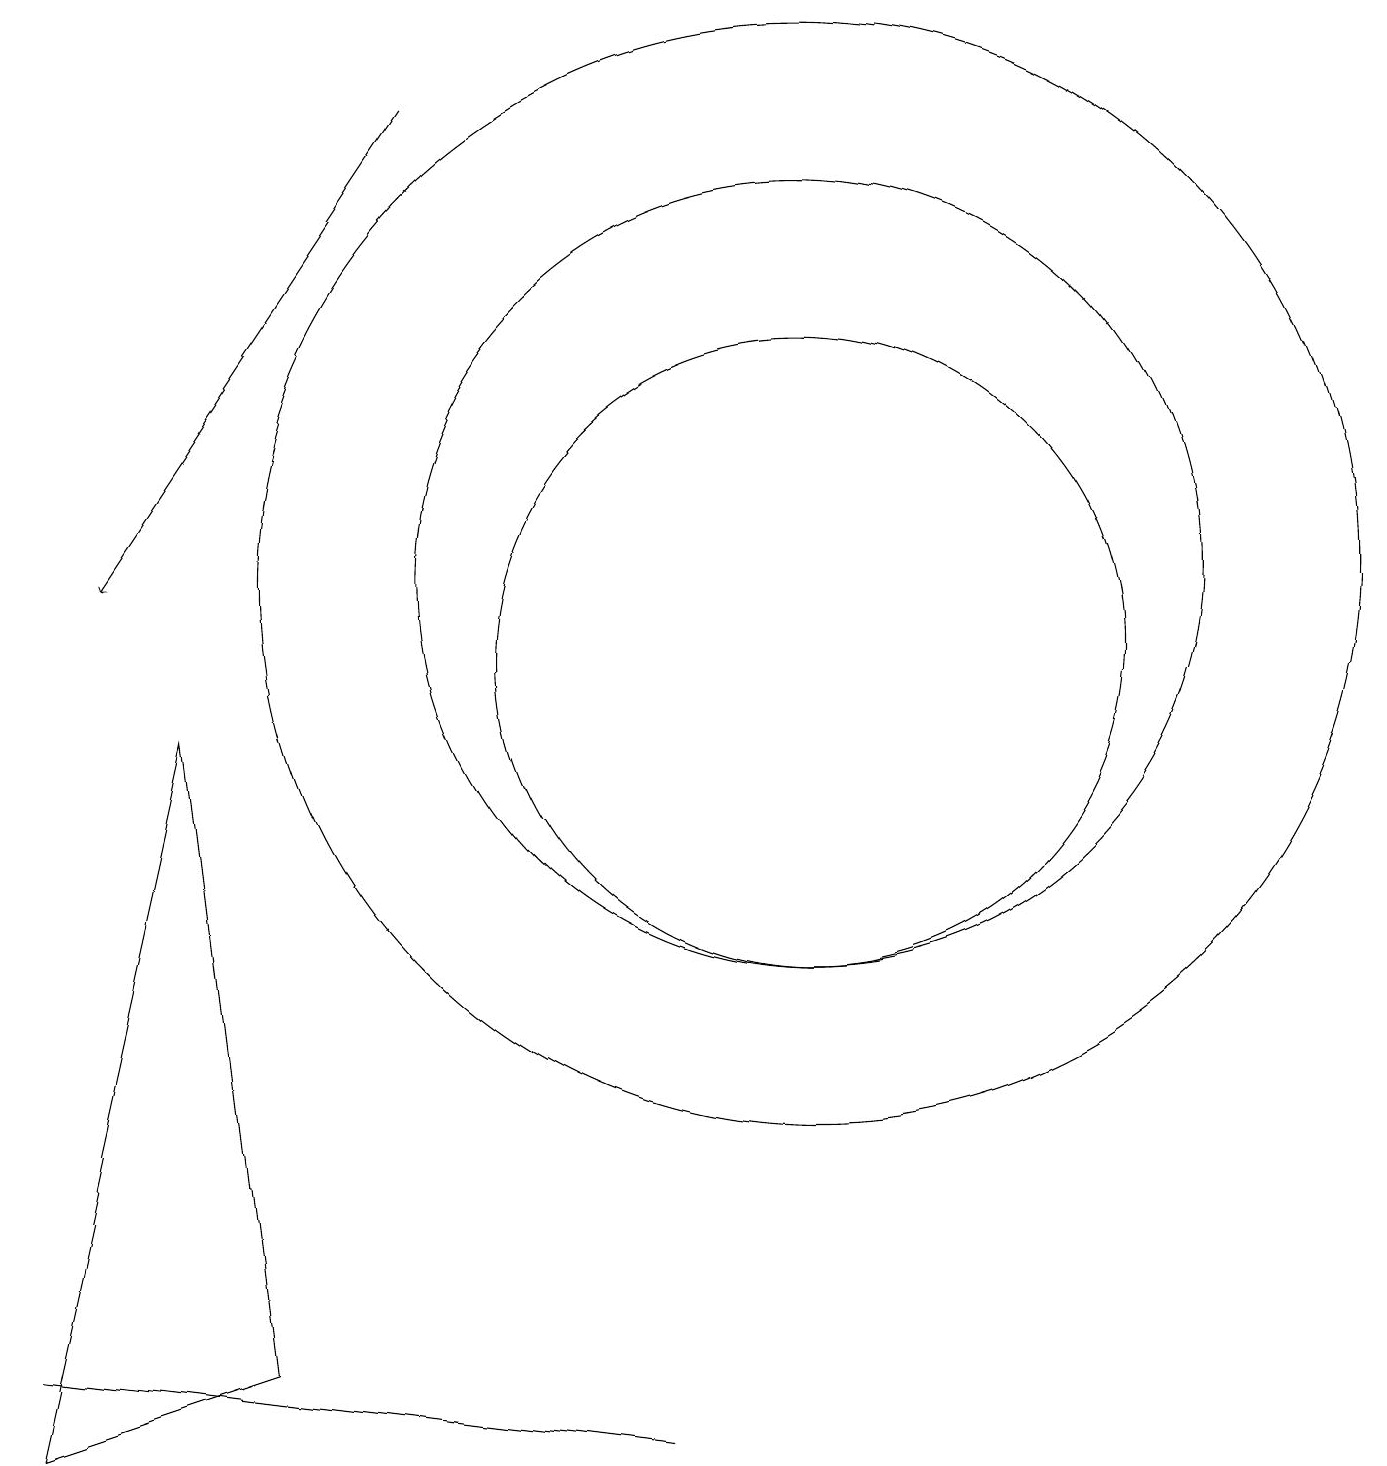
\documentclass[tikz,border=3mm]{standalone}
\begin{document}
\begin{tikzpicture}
\draw (10,11) circle (5);
\draw (10,10) circle (4);
\draw (8,0) -- (0,1) -- (0,1) -- cycle;
\draw[->] (5,17) -- (1,11);
\draw (10,11) circle (7);
\draw (3,1) -- (2,9) -- (0,0) -- cycle;
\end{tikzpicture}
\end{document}